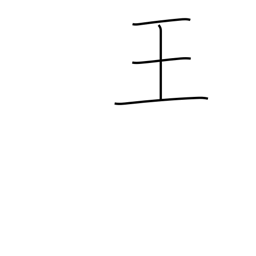
Meaning: magnate